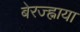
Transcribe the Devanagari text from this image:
बेरज्ह्नाया